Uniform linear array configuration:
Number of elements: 64
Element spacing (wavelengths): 0.75
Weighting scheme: hamming
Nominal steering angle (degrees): -30
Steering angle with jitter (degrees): -28.489
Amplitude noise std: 0.05
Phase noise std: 0.05

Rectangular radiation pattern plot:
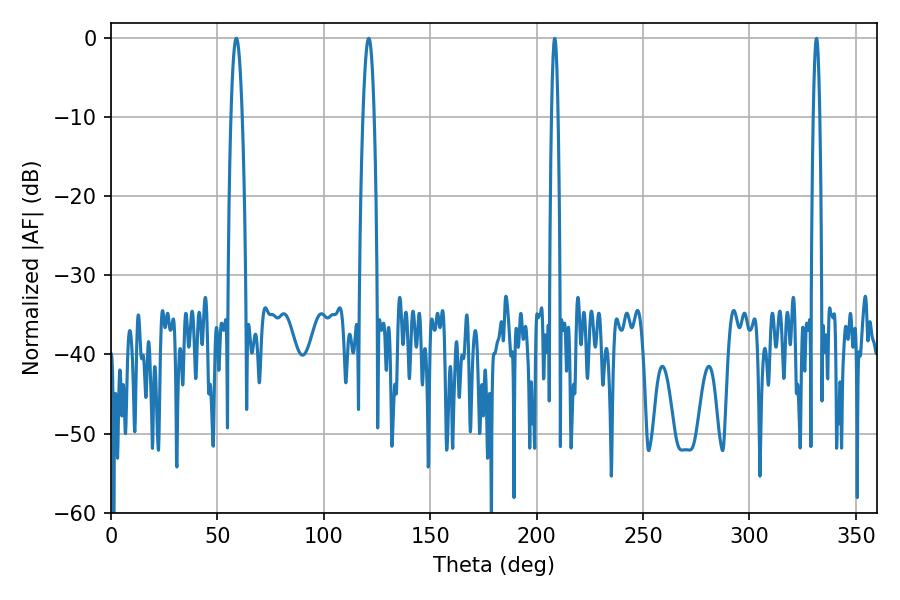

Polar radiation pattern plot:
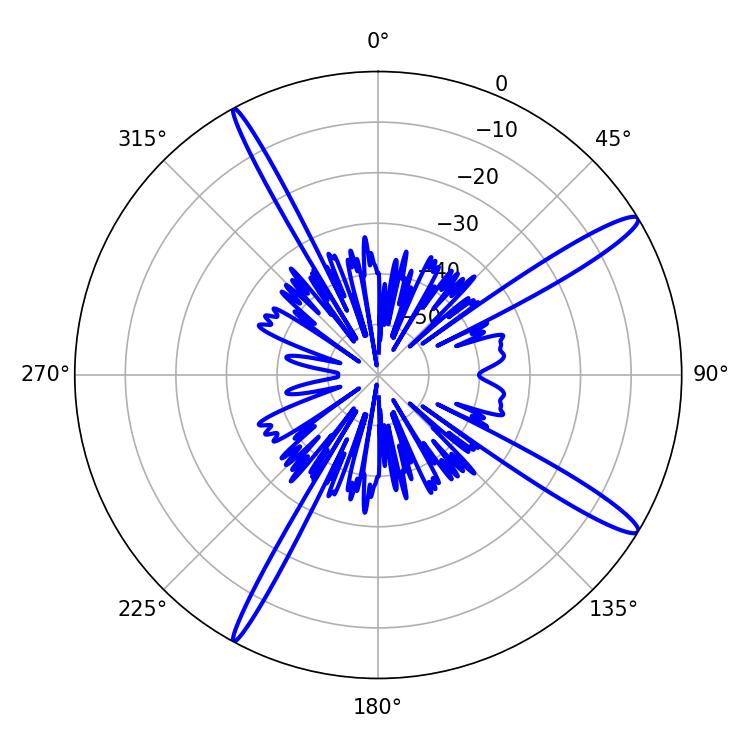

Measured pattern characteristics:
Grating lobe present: TRUE
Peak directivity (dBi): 14.954
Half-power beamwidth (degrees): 2.88
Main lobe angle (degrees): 121.14